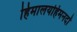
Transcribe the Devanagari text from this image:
हिमालयहिमनदों